Indian journal of veterinary science and animal husbandry - Volumes 22-23, 1952-1953
Year: 1952
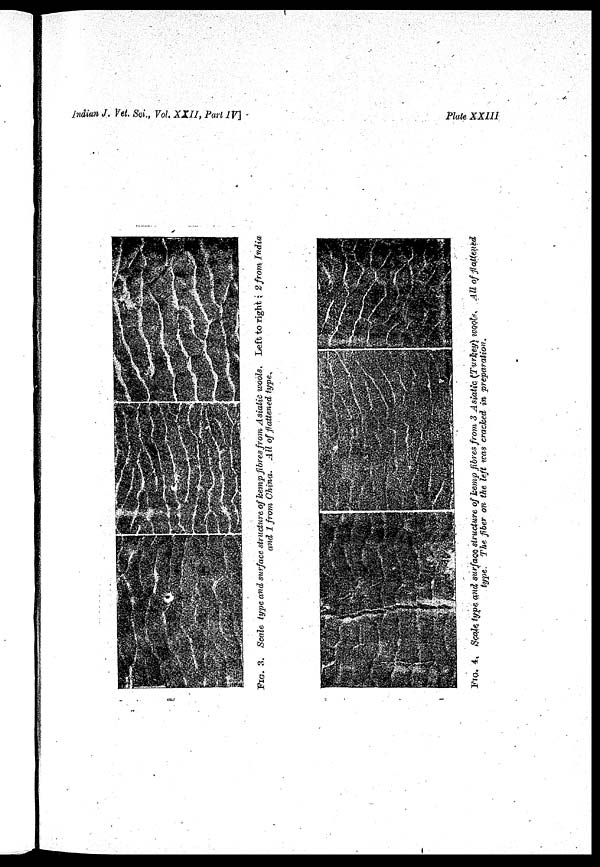
Indian J. Vet. Sci., Vol. XXII, Part IV]
Plate XXIII
FIG. 3. Scale type and surface structure of hemp fibres from Asiatic wools. Left to right : 2 from India
and 1 from China. All of fattened type.
FIG. 4. Scale type and surface structure of hemp fibres from 3 Asiatic (Turkey) wools. All of flattened
type. The fiber an the left was cracked in preparation.